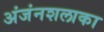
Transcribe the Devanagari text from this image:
अंजंनशलाका